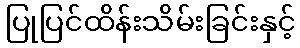
ပြုပြင်ထိန်းသိမ်းခြင်းနှင့်